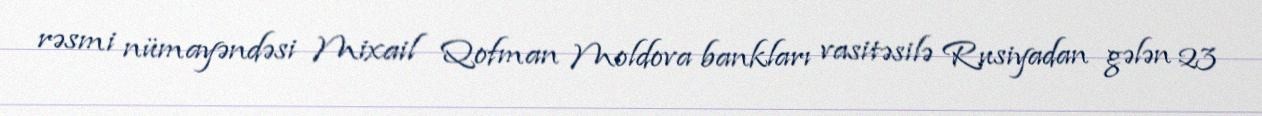
rəsmi nümayəndəsi Mixail Qofman Moldova bankları vasitəsilə Rusiyadan gələn 23